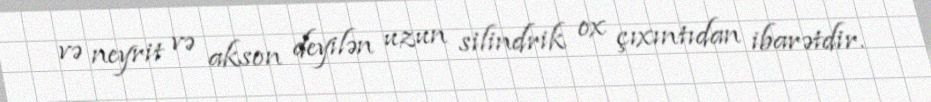
və neyrit və akson deyilən uzun silindrik ox çıxıntıdan ibarətdir.